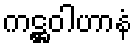
ကဋ္ဌဝါဟာနံ